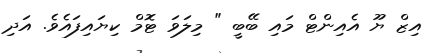
އިޒް ޔޫ އެއިންޓް މައި ބޭބީ " މިލަވަ ޓޮމް ކިޔައިފައެވެ. އަދި